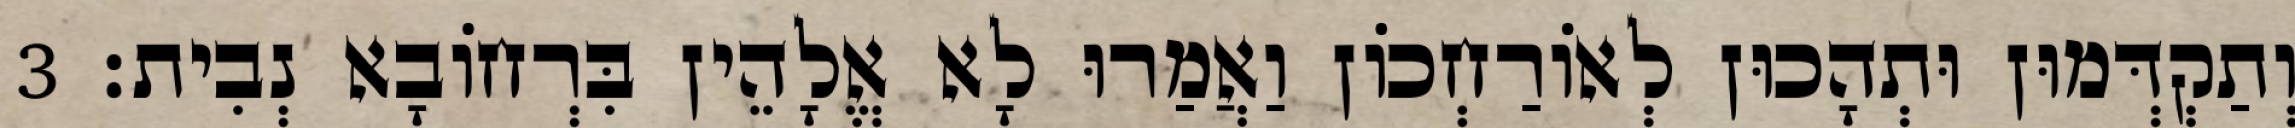
וְתַקְדְּמוּן וּתְהָכוּן לְאוֹרַחְכוֹן וַאֲמַרוּ לָא אֱלָהֵין בִּרְחוֹבָא נְבִית׃ 3